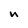
Character: u